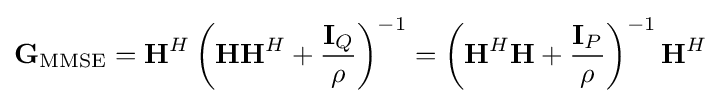
\mathbf {G} _{\mathrm {MMSE} }=\mathbf {H} ^{H}\left(\mathbf {H} \mathbf {H} ^{H}+{\frac {\mathbf {I} _{Q}}{\rho }}\right)^{-1}=\left(\mathbf {H} ^{H}\mathbf {H} +{\frac {\mathbf {I} _{P}}{\rho }}\right)^{-1}\mathbf {H} ^{H}